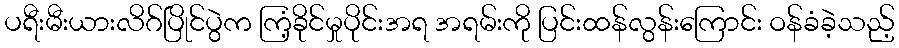
ပရီးမီးယားလိဂ်ပြိုင်ပွဲက ကြံ့ခိုင်မှုပိုင်းအရ အရမ်းကို ပြင်းထန်လွန်းကြောင်း ဝန်ခံခဲ့သည့်